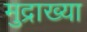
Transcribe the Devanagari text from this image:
मुद्राख्या